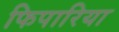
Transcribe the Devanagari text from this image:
फिपारिया